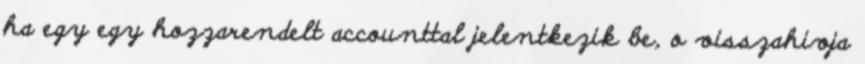
ha egy egy hozzarendelt accounttal jelentkezik be, o visszahivja